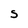
Character: S